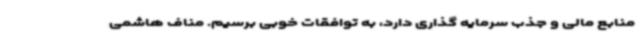
منابع مالی و جذب سرمایه گذاری دارد، به توافقات خوبی برسیم. مناف هاشمی